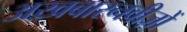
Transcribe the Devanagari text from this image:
अख़बारनवीज़ों